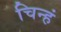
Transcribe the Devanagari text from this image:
चिन्हं